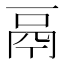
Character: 鬲